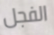
الفجل